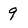
Character: 9